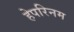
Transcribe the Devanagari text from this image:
हेपरिनम